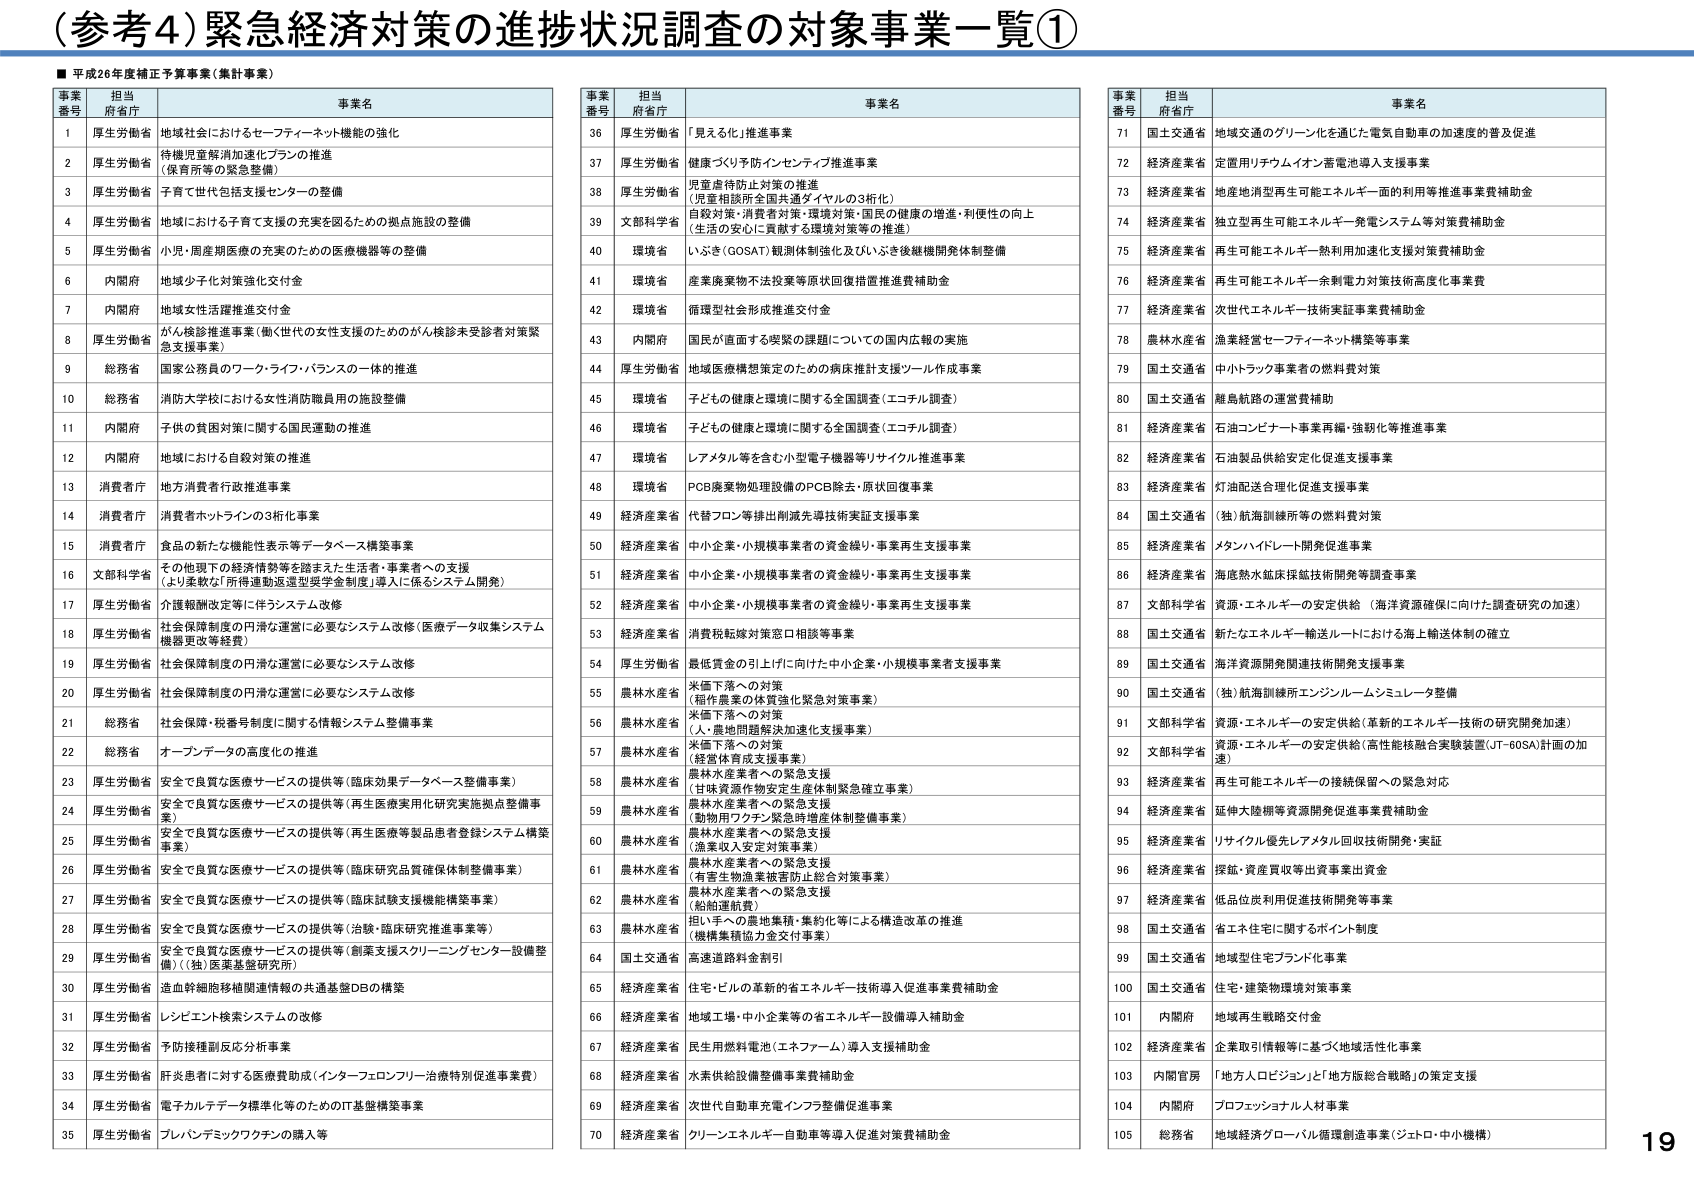
（参考4）緊急経済対策の進捗状況調査の対象事業一覧①

■ 平成26年度補正予算事業（集計事業）

| 事業番号 | 担当府省庁 | 事業名 |
|----------|------------|--------|
| 1 | 厚生労働省 | 地域社会におけるセーフティーネット機能の強化 |
| 2 | 厚生労働省 | 待機児童解消加速化プランの推進（保育所等の緊急整備） |
| 3 | 厚生労働省 | 子育て世代包括支援センターの整備 |
| 4 | 厚生労働省 | 地域における子育て支援の充実を図るための拠点施設の整備 |
| 5 | 厚生労働省 | 小児・周産期医療の充実のための医療機器等の整備 |
| 6 | 内閣府 | 地域少子化対策強化交付金 |
| 7 | 内閣府 | 地域女性活躍推進交付金 |
| 8 | 厚生労働省 | がん検診推進事業（働く世代の女性支援のためのがん検診未受診者対策緊急支援事業） |
| 9 | 総務省 | 国家公務員のワーク・ライフ・バランスの一体的推進 |
| 10 | 総務省 | 消防大学校における女性消防職員用の施設整備 |
| 11 | 内閣府 | 子供の貧困対策に関する国民運動の推進 |
| 12 | 内閣府 | 地域における自殺対策の推進 |
| 13 | 消費者庁 | 地方消費者行政推進事業 |
| 14 | 消費者庁 | 消費者ホットラインの3桁化事業 |
| 15 | 消費者庁 | 食品の新たな機能性表示等データベース構築事業 |
| 16 | 文部科学省 | その他現下の経済情勢等を踏まえた生活者・事業者への支援（より柔軟な「所得連動返還型受領金制度」導入に係るシステム開発） |
| 17 | 厚生労働省 | 介護報酬改定等に伴うシステム改修 |
| 18 | 厚生労働省 | 社会保障制度の円滑な運営に必要なシステム改修（医療データ収集システム機器更改経費） |
| 19 | 厚生労働省 | 社会保障制度の円滑な運営に必要なシステム改修 |
| 20 | 厚生労働省 | 社会保障制度の円滑な運営に必要なシステム改修 |
| 21 | 総務省 | 社会保険・税番号制度に関する情報システム整備事業 |
| 22 | 総務省 | オープンデータの高度化の推進 |
| 23 | 厚生労働省 | 安全で良質な医療サービスの提供等（臨床効果データベース整備事業） |
| 24 | 厚生労働省 | 安全で良質な医療サービスの提供等（再生医療実用化研究実施拠点整備事業） |
| 25 | 厚生労働省 | 安全で良質な医療サービスの提供等（再生医療等製品患者登録システム構築事業） |
| 26 | 厚生労働省 | 安全で良質な医療サービスの提供等（臨床研究品質確保体制整備事業） |
| 27 | 厚生労働省 | 安全で良質な医療サービスの提供等（臨床試験支援機能構築事業） |
| 28 | 厚生労働省 | 安全で良質な医療サービスの提供等（治験・臨床研究推進事業等） |
| 29 | 厚生労働省 | 安全で良質な医療サービスの提供等（創薬支援スクリーニングセンター設備整備）（（独）医薬基盤研究所） |
| 30 | 厚生労働省 | 造血幹細胞移植連携情報の共通基盤DBの構築 |
| 31 | 厚生労働省 | レンピエント検索システムの改修 |
| 32 | 厚生労働省 | 予防接種副反応分析事業 |
| 33 | 厚生労働省 | 肝炎患者に対する医療費助成（インターフェロンフリー治療特別促進事業費） |
| 34 | 厚生労働省 | 電子カルテデータ標準化等のためのIT基盤構築事業 |
| 35 | 厚生労働省 | プレバンドミックワクチンの購入等 |

| 事業番号 | 担当府省庁 | 事業名 |
|----------|------------|--------|
| 36 | 厚生労働省 | 「見える化」推進事業 |
| 37 | 厚生労働省 | 健康づくり予防インセンティブ推進事業 |
| 38 | 厚生労働省 | 児童虐待防止対策の推進（児童相談所全国共通ダイヤルの3桁化） |
| 39 | 文部科学省 | 自殺対策・消費者対策・環境対策・国民の健康の増進・利便性の向上（生活の安心に貢献する環境対策等の推進） |
| 40 | 環境省 | いざさ（GOSAT）観測体制強化及びいざさ後継機開発体制整備 |
| 41 | 環境省 | 産業廃棄物不法投棄等原状回復措置推進費補助金 |
| 42 | 環境省 | 循環型社会形成推進交付金 |
| 43 | 内閣府 | 国民が直面する喫緊の課題についての国内収束の実施 |
| 44 | 厚生労働省 | 地域医療構想策定のための病床推計支援ツール作成事業 |
| 45 | 環境省 | 子どもの健康と環境に関する全国調査（エコチル調査） |
| 46 | 環境省 | 子どもの健康と環境に関する全国調査（エコチル調査） |
| 47 | 環境省 | レアメタル等を含む小型電子機器等リサイクル推進事業 |
| 48 | 環境省 | PCB廃棄物処理設備のPCB除去・原状回復事業 |
| 49 | 経済産業省 | 代替フロン等排出削減先導技術実証支援事業 |
| 50 | 経済産業省 | 中小企業・小規模事業者の資金繰り・事業再生支援事業 |
| 51 | 経済産業省 | 中小企業・小規模事業者の資金繰り・事業再生支援事業 |
| 52 | 経済産業省 | 中小企業・小規模事業者の資金繰り・事業再生支援事業 |
| 53 | 経済産業省 | 消費税転嫁対策窓口相談等事業 |
| 54 | 厚生労働省 | 最低賃金の引上げに向けた中小企業・小規模事業者支援事業 |
| 55 | 農林水産省 | 米価下落への対策（稲作農家の体質強化緊急対策事業） |
| 56 | 農林水産省 | 米価下落への対策（人・農地問題解決加速化支援事業） |
| 57 | 農林水産省 | 米価下落への対策（経営体育成支援事業） |
| 58 | 農林水産省 | 農林水産業者への緊急支援（甘味資源作物安定生産体制緊急確立事業） |
| 59 | 農林水産省 | 農林水産業者への緊急支援（動物用ワクチン緊急増産体制整備事業） |
| 60 | 農林水産省 | 農林水産業者への緊急支援（漁業収入安定対策事業） |
| 61 | 農林水産省 | 農林水産業者への緊急支援（有害生物産業被害防止総合対策事業） |
| 62 | 農林水産省 | 農林水産業者への緊急支援（船舶運航費） |
| 63 | 農林水産省 | 担い手への農地集積・集約化等による構造改革の推進（機構集積協力金交付事業） |
| 64 | 国土交通省 | 高速道路料金割引 |
| 65 | 経済産業省 | 住宅・ビルの革新的省エネルギー技術導入促進事業費補助金 |
| 66 | 経済産業省 | 地域工場・中小企業等の省エネルギー設備導入補助金 |
| 67 | 経済産業省 | 民生用燃料電池（エネファーム）導入支援補助金 |
| 68 | 経済産業省 | 水素供給設備整備事業費補助金 |
| 69 | 経済産業省 | 次世代自動車充電インフラ整備促進事業 |
| 70 | 経済産業省 | クリーンエネルギー自動車等導入促進対策費補助金 |

| 事業番号 | 担当府省庁 | 事業名 |
|----------|------------|--------|
| 71 | 国土交通省 | 地域交通のグリーン化を通じた電気自動車の加速度的普及促進 |
| 72 | 経済産業省 | 定置用リチウムイオン蓄電池導入支援事業 |
| 73 | 経済産業省 | 地域型再エネ可能エネルギー一面的利用等推進事業費補助金 |
| 74 | 経済産業省 | 独立型再生可能エネルギー発電システム等対策費補助金 |
| 75 | 経済産業省 | 再生可能エネルギー熱利用加速化支援対策費補助金 |
| 76 | 経済産業省 | 再生可能エネルギー余剰電力対策技術高度化事業費 |
| 77 | 経済産業省 | 次世代エネルギー技術実証事業費補助金 |
| 78 | 農林水産省 | 漁業経営セーフティーネット構築等事業 |
| 79 | 国土交通省 | 中小トラック事業者の燃料費対策 |
| 80 | 国土交通省 | 離島航路の運営費補助 |
| 81 | 経済産業省 | 石油コンビナート事業再編・強靭化等推進事業 |
| 82 | 経済産業省 | 石油製品供給安定化促進支援事業 |
| 83 | 経済産業省 | 灯油配送合理化促進支援事業 |
| 84 | 国土交通省 | （独）航海訓練所等の燃料費対策 |
| 85 | 経済産業省 | メタンハイドレート開発促進事業 |
| 86 | 経済産業省 | 海底熱水鉱床採掘技術開発等調査事業 |
| 87 | 文部科学省 | 資源・エネルギーの安定供給（海洋資源確保に向けた調査研究の加速） |
| 88 | 国土交通省 | 新たなエネルギー輸送ルートにおける海上輸送体制の確立 |
| 89 | 国土交通省 | 海洋資源開発関連技術開発支援事業 |
| 90 | 国土交通省 | （独）航海訓練所エンジンルームシミュレータ整備 |
| 91 | 文部科学省 | 資源・エネルギーの安定供給（革新的エネルギー技術の研究開発加速） |
| 92 | 文部科学省 | 資源・エネルギーの安定供給（高性能核融合実験装置（JT-60SA）計画の加速） |
| 93 | 経済産業省 | 再生可能エネルギーの接続保留への緊急対応 |
| 94 | 経済産業省 | 延伸大陸棚等資源開発促進事業費補助金 |
| 95 | 経済産業省 | リサイクル優先レアメタル回収技術開発・実証 |
| 96 | 経済産業省 | 採鉱・資産買収等出資事業出資金 |
| 97 | 経済産業省 | 低品位炭利用促進技術開発等事業 |
| 98 | 国土交通省 | 省エネ住宅に関するポイント制度 |
| 99 | 国土交通省 | 地域型住宅ブランド化事業 |
| 100 | 国土交通省 | 住宅・建築物環境対策事業 |
| 101 | 内閣府 | 地域再生戦略交付金 |
| 102 | 経済産業省 | 企業取引情報等に基づく地域活性化事業 |
| 103 | 内閣官房 | 「地方人ロビジョン」と「地方版総合戦略」の策定支援 |
| 104 | 内閣府 | プロフェッショナル人材事業 |
| 105 | 総務省 | 地域経済グローバル循環創造事業（ジェトロ・中小機構） |

19